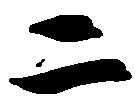
二